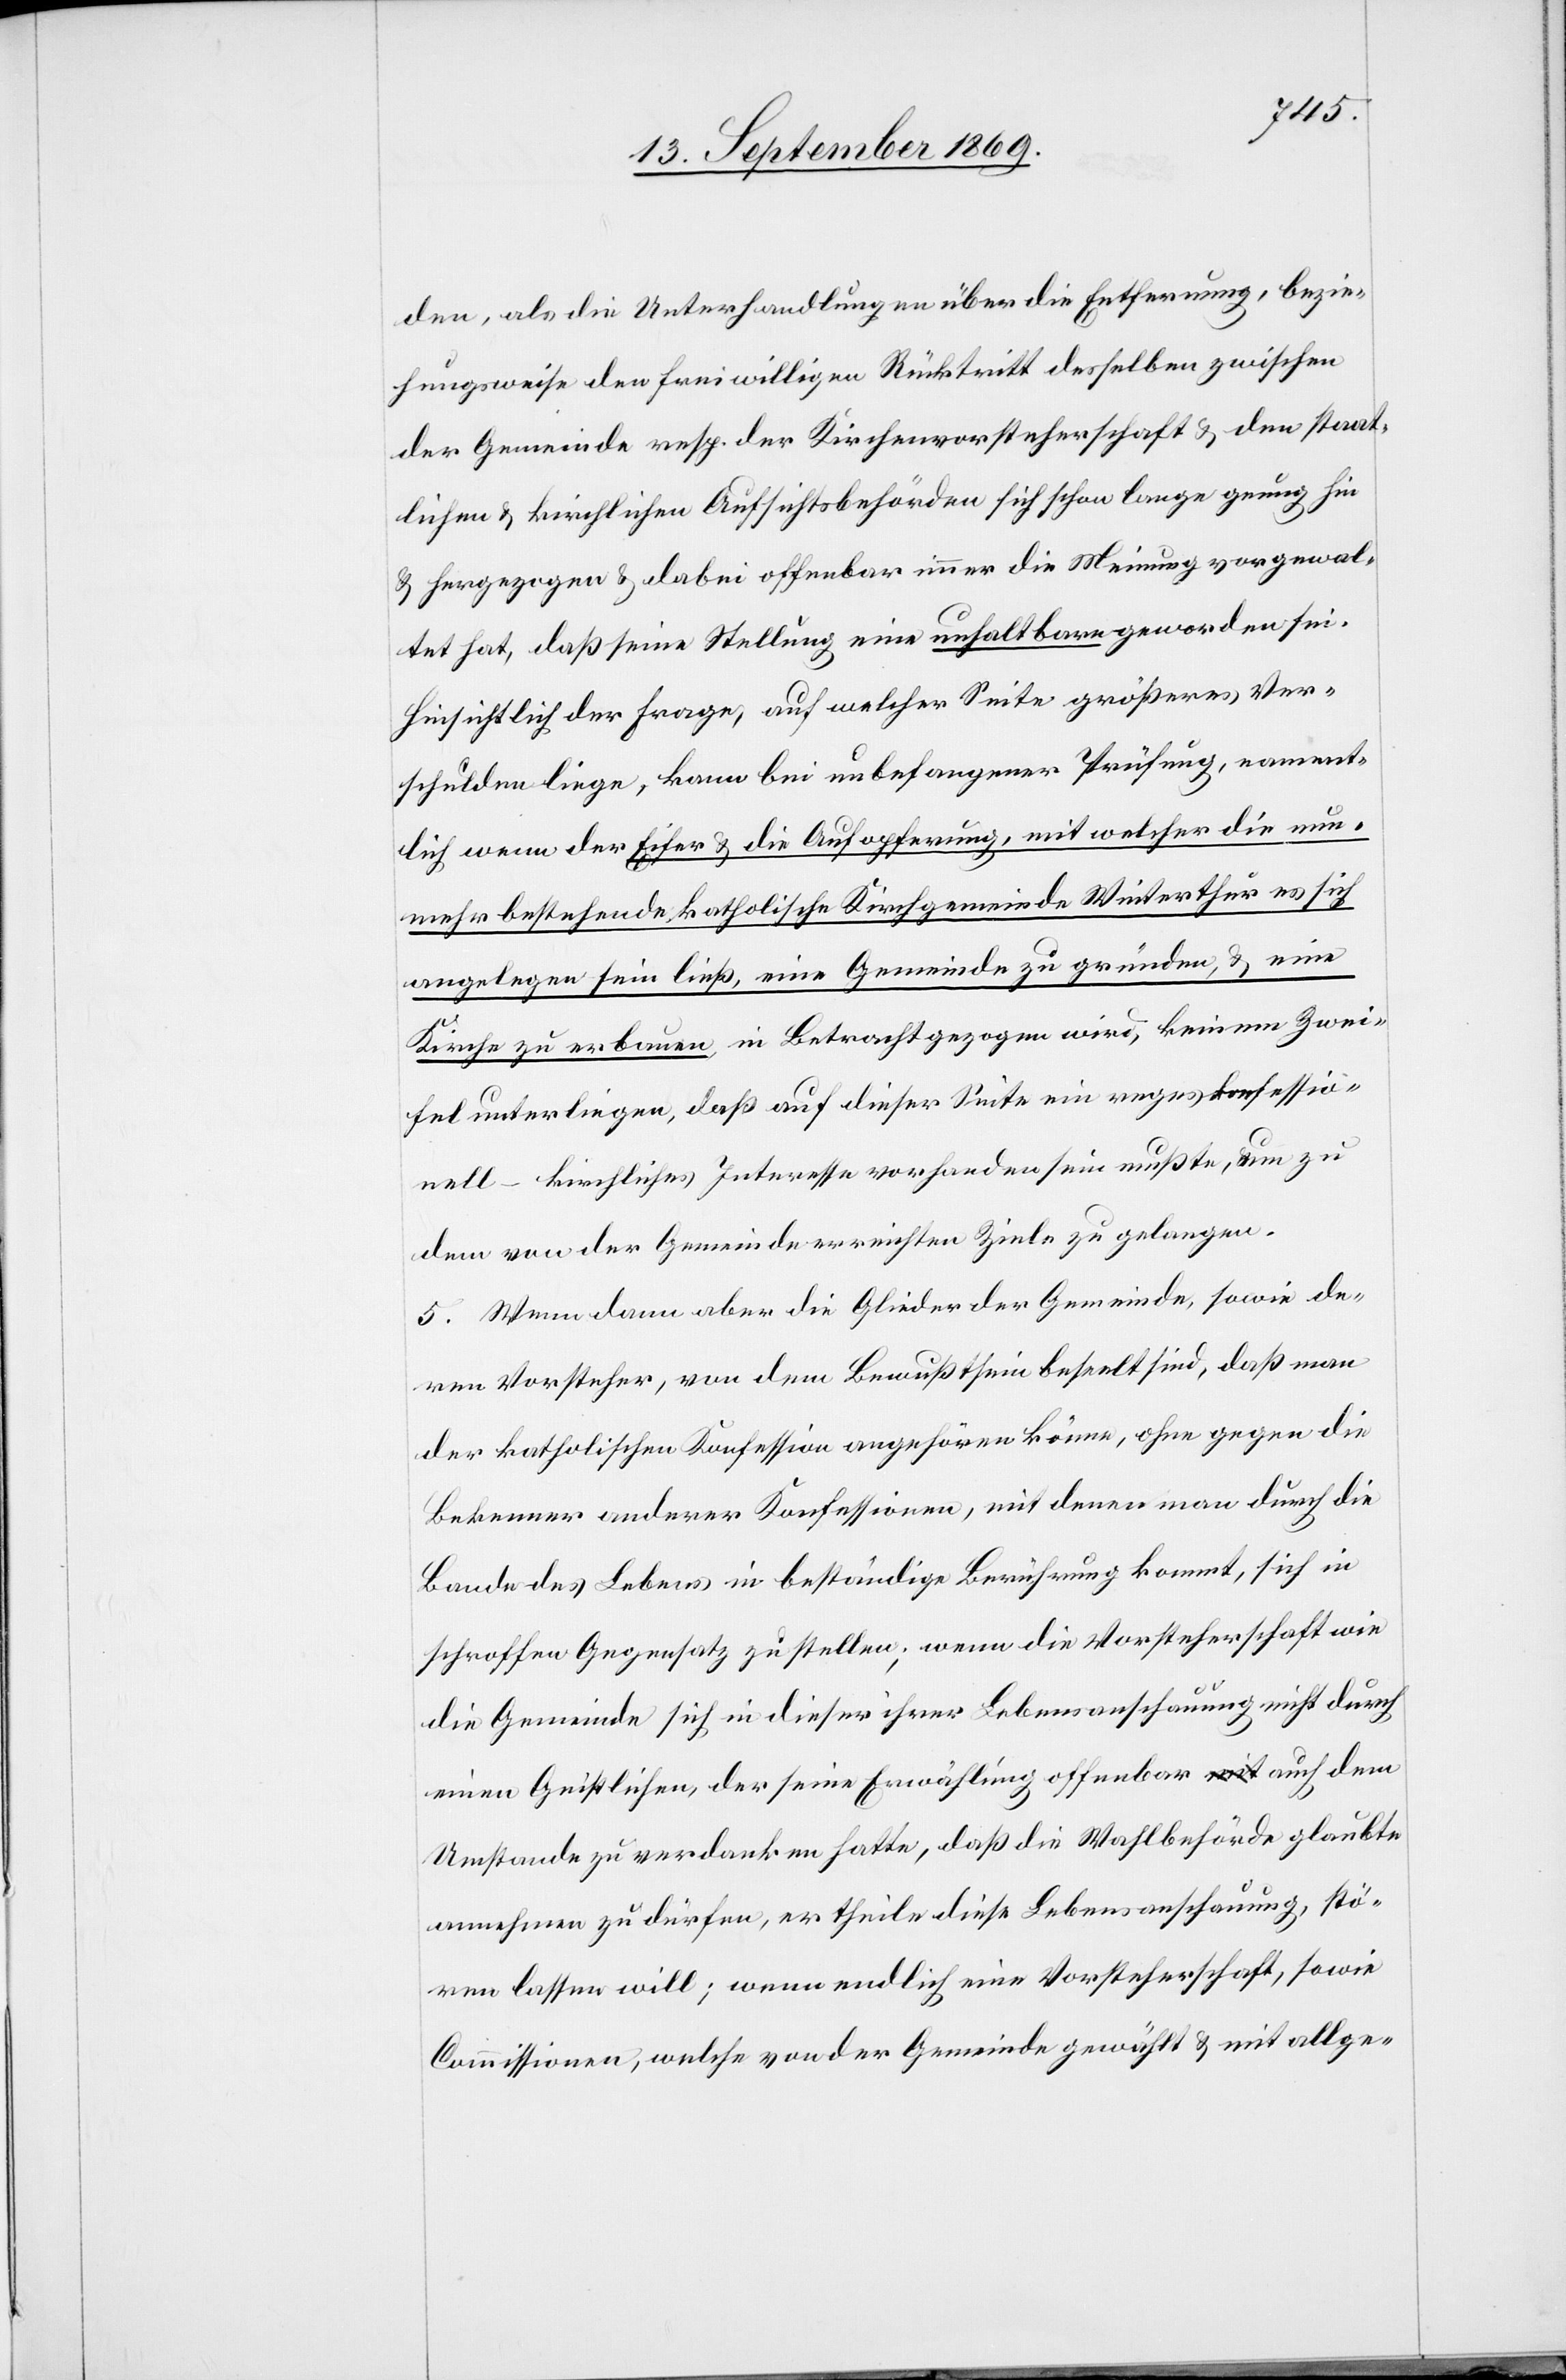
den, als die Unterhandlungen über die Entfernung, bezie¬
hungsweise den freiwilligen Rücktritt desselben zwischen
der Gemeinde resp. der Kirchenvorsteherschaft & den staat¬
lichen & kirchlichen Aufsichtsbehörden sich schon lange genug hin
& hergezogen & dabei offenbar immer die Meinung vorgewal¬
tet hat, daß seine Stellung eine unhaltbare geworden sei.
Hinsichtlich der Frage, auf welcher Seite größeres Ver¬
schulden liege, kann bei unbefangener Prüfung, nament¬
lich wenn der Eifer & die Aufopferung, mit welcher die nun¬
mehr bestehende katholische Kirchgemeinde Winterthur es sich
angelegen sein ließ, eine Gemeinde zu gründen, & eine
Kirche zu erbauen, in Betracht gezogen wird, keinem Zwei¬
fel unterliegen, daß auf dieser Seite ein reges konfessio¬
nell-kirchliches Interesse vorhanden sein mußte, um zu
dem von der Gemeinde erreichten Ziele zu gelangen.
5. Wenn dann aber die Glieder der Gemeinde, sowie de¬
ren Vorsteher, von dem Bewußtsein beseelt sind, daß man
der katholischen Konfession angehören könne, ohne gegen die
Bekenner anderer Konfessionen, mit denen man durch die
Bande des Lebens in beständige Berührung kommt, sich in
schroffen Gegensatz zu stellen; wenn die Vorsteherschaft wie
die Gemeinde sich in dieser ihrer Lebensanschauung nicht durch
einen Geistlichen, der seine Erwählung offenbar auch dem
Umstande zu verdanken hatte, daß die Wahlbehörde glaubte
annehmen zu dürfen, er theile diese Lebensanschauung, stö¬
ren lassen will; wenn endlich eine Vorsteherschaft, sowie
Commissionen, welche von der Gemeinde gewählt & mit allge-